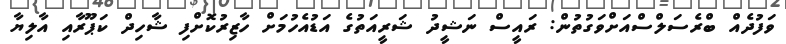
ވަފުދެއް ބްރެސަލްސްއަށްވަގުތުން: ރައީސް ނަޝީދު ޝަރީއަތުގެ އަޑުއެހުމަށް ހާޒިރުކޮށްފި ޝާހިދް ކަޕޫރާއި އާލިޔާ